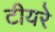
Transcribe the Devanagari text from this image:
टीयरे